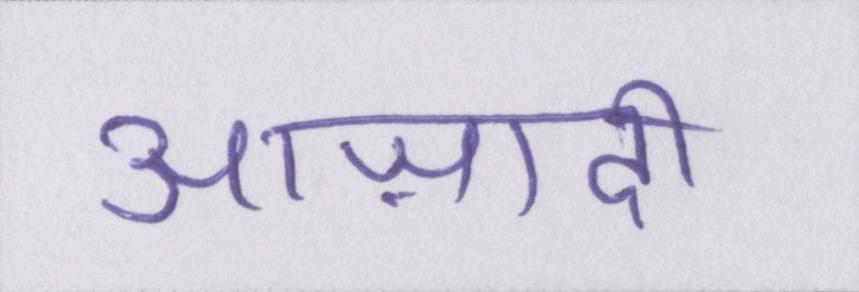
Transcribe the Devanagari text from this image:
आज़ादी